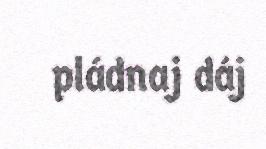
pládnaj dáj